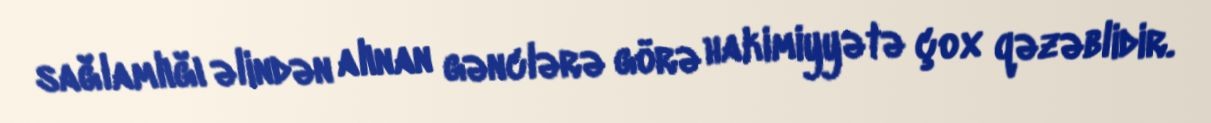
sağlamlığı əlindən alınan gənclərə görə hakimiyyətə çox qəzəblidir.